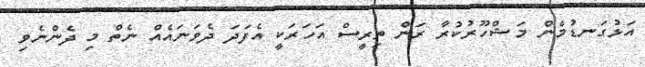
އަޅުގަނޑުމެން މަޝްހޫރުކުރާ ރަން ތިރީސް އަހަރަކީ އެފަދަ ދެވަނައެއް ނެތް މި ދެންނެވި